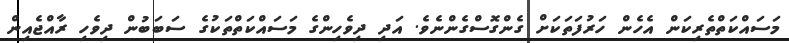
މަސައްކަތްތެރިކަން އެހެން ހަރުފަތަކަށް ގެންގޮސްގެންނެވެ. އަދި ދިވެހިންގެ މަސައްކަތްތަކުގެ ސަބަބުން ދިވެހި ރާއްޖެއިން